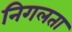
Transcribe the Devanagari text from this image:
निगलता